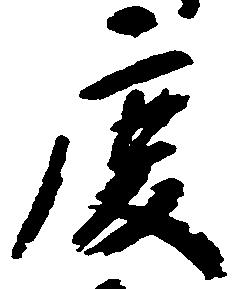
慶